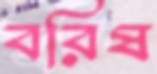
বরিষ